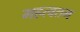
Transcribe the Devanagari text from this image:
महत्वतम